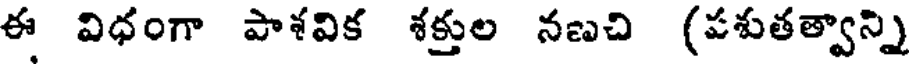
ఈ విధంగా పాశవిక శక్తుల నణచి (పశుతత్వాన్ని